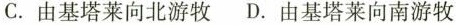
C. 由基塔莱向北游牧 D. 由基塔莱向南游牧